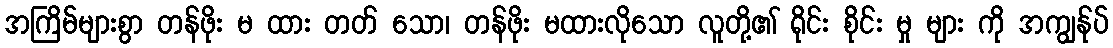
အကြိမ်များစွာ တန်ဖိုး မ ထား တတ် သော၊ တန်ဖိုး မထားလိုသော လူတို့၏ ရိုင်း စိုင်း မှု များ ကို အကျွန်ုပ်